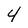
Character: 4